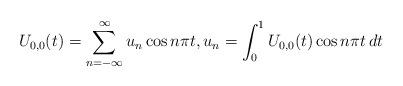
LaTeX: \begin{align*}U_{0,0}(t)=\sum_{n=-\infty}^{\infty }u_{n}\cos n\pi t,u_{n}=\int_{0}^{1}U_{0,0}(t)\cos n\pi t\,dt \end{align*}